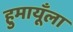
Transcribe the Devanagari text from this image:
हुमायूँला